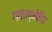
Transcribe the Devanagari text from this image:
गवाम्भोदिह